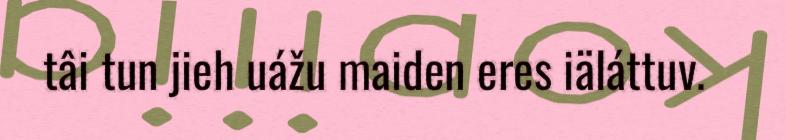
tâi tun jieh uážu maiden eres iäláttuv.